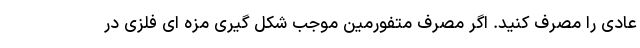
عادی را مصرف کنید. اگر مصرف متفورمین موجب شکل گیری مزه ای فلزی در